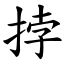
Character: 挬